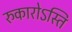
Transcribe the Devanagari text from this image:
रुकारोऽस्ति